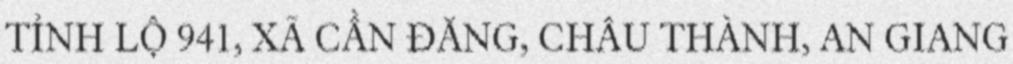
TỈNH LỘ 941, XÃ CẦN ĐĂNG, CHÂU THÀNH, AN GIANG